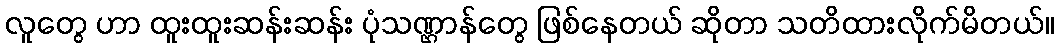
လူတွေ ဟာ ထူးထူးဆန်းဆန်း ပုံသဏ္ဌာန်တွေ ဖြစ်နေတယ် ဆိုတာ သတိထားလိုက်မိတယ်။